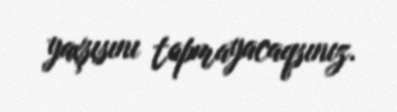
yaxşısını tapmayacaqsınız.